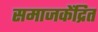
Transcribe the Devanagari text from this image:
समाजकेंद्रित